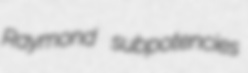
Raymond subpotencies